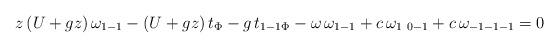
LaTeX: \begin{align*}z \,(U+g z)\, \omega_{1-1}-(U+g z) \, t_{\Phi} -g\, t_{1-1\Phi} -\omega \, \omega_{1-1} +c \,\omega_{1\ 0-1} + c\, \omega_{-1-1-1}=0\end{align*}